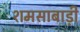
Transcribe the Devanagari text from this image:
शमसाबाड़ी